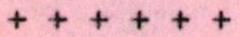
+ + + + + +